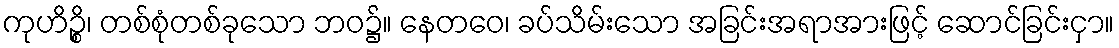
ကုဟိဉ္စိ၊ တစ်စုံတစ်ခုသော ဘဝ၌။ နေတဝေ၊ ခပ်သိမ်းသော အခြင်းအရာအားဖြင့် ဆောင်ခြင်းငှာ။